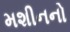
મશીનનો